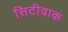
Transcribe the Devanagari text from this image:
सिटीवाक